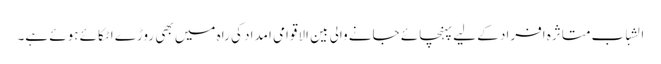
الشباب متاثرہ افراد کے لیے پہنچائے جانے والی بین الاقوامی امداد کی راہ میں بھی روڑے اٹکائے ہوئے ہے۔